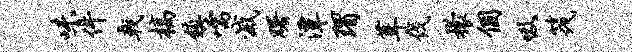
味件戟槁镇嚅灭曙潭瑁葺伐檬个吸筏